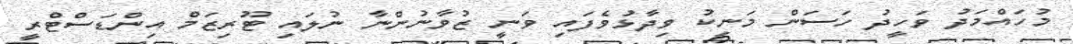
މުހައްމަދު ވަހީދު ހަސަން މަނިކު ވިދާޅުވެފައި ވަނީ ޒުވާނުންނާ ނުލައި ޓޫރިޒަމް އިންޑަސްޓްރީ